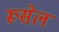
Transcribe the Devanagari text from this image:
रूसेल